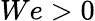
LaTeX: We>0